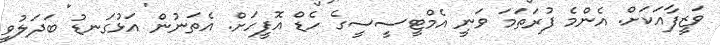
ވަޒީފާއަކަށް. އެންމެ ފުރަތަމަ ވަނީ އެމްޓީސީސީގެ ހެޑް އޮފީހަށް. އެތަނުން އަޅުގަނޑު ބަދަލުވީ